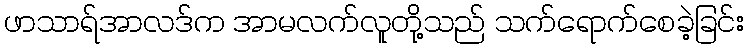
ဖာသာရ်အာလဒ်က အာမလက်လူတို့သည် သက်ရောက်စေခဲ့ခြင်း